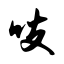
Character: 吱